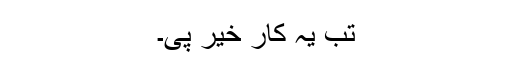
تب یہ کار خیر پی۔